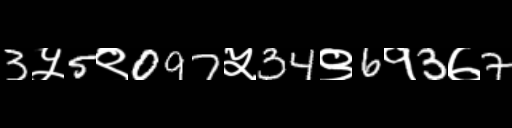
Text: 3५5९097५34९6१3७7